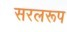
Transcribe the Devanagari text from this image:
सरलरूप